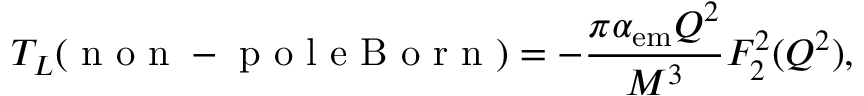
T _ { L } ( \mathrm { ~ n ~ o ~ n ~ - ~ p ~ o ~ l ~ e ~ B ~ o ~ r ~ n ~ } ) = - \frac { \pi \alpha _ { \mathrm { e m } } Q ^ { 2 } } { M ^ { 3 } } F _ { 2 } ^ { 2 } ( Q ^ { 2 } ) ,